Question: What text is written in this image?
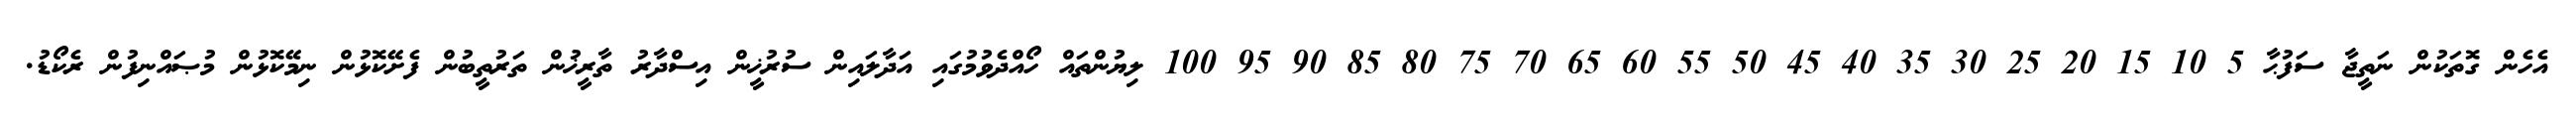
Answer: އެހެން ގޮތަކުން ނަތީޖާ ސަފުޙާ 5 10 15 20 25 30 35 40 45 50 55 60 65 70 75 80 85 90 95 100 ލިޔުންތައް ހޯއްދެވުމުގައި އަދާލައިން ސުރުޚީން އިސްދާރު ތާރީޚުން ތަރުތީބުން ފެށޭކޮޅުން ނިމޭކޮޅުން މުޞައްނިފުން ރެކޯޑު.